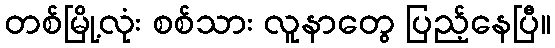
တစ်မြို့လုံး စစ်သား လူနာတွေ ပြည့်နေပြီ။